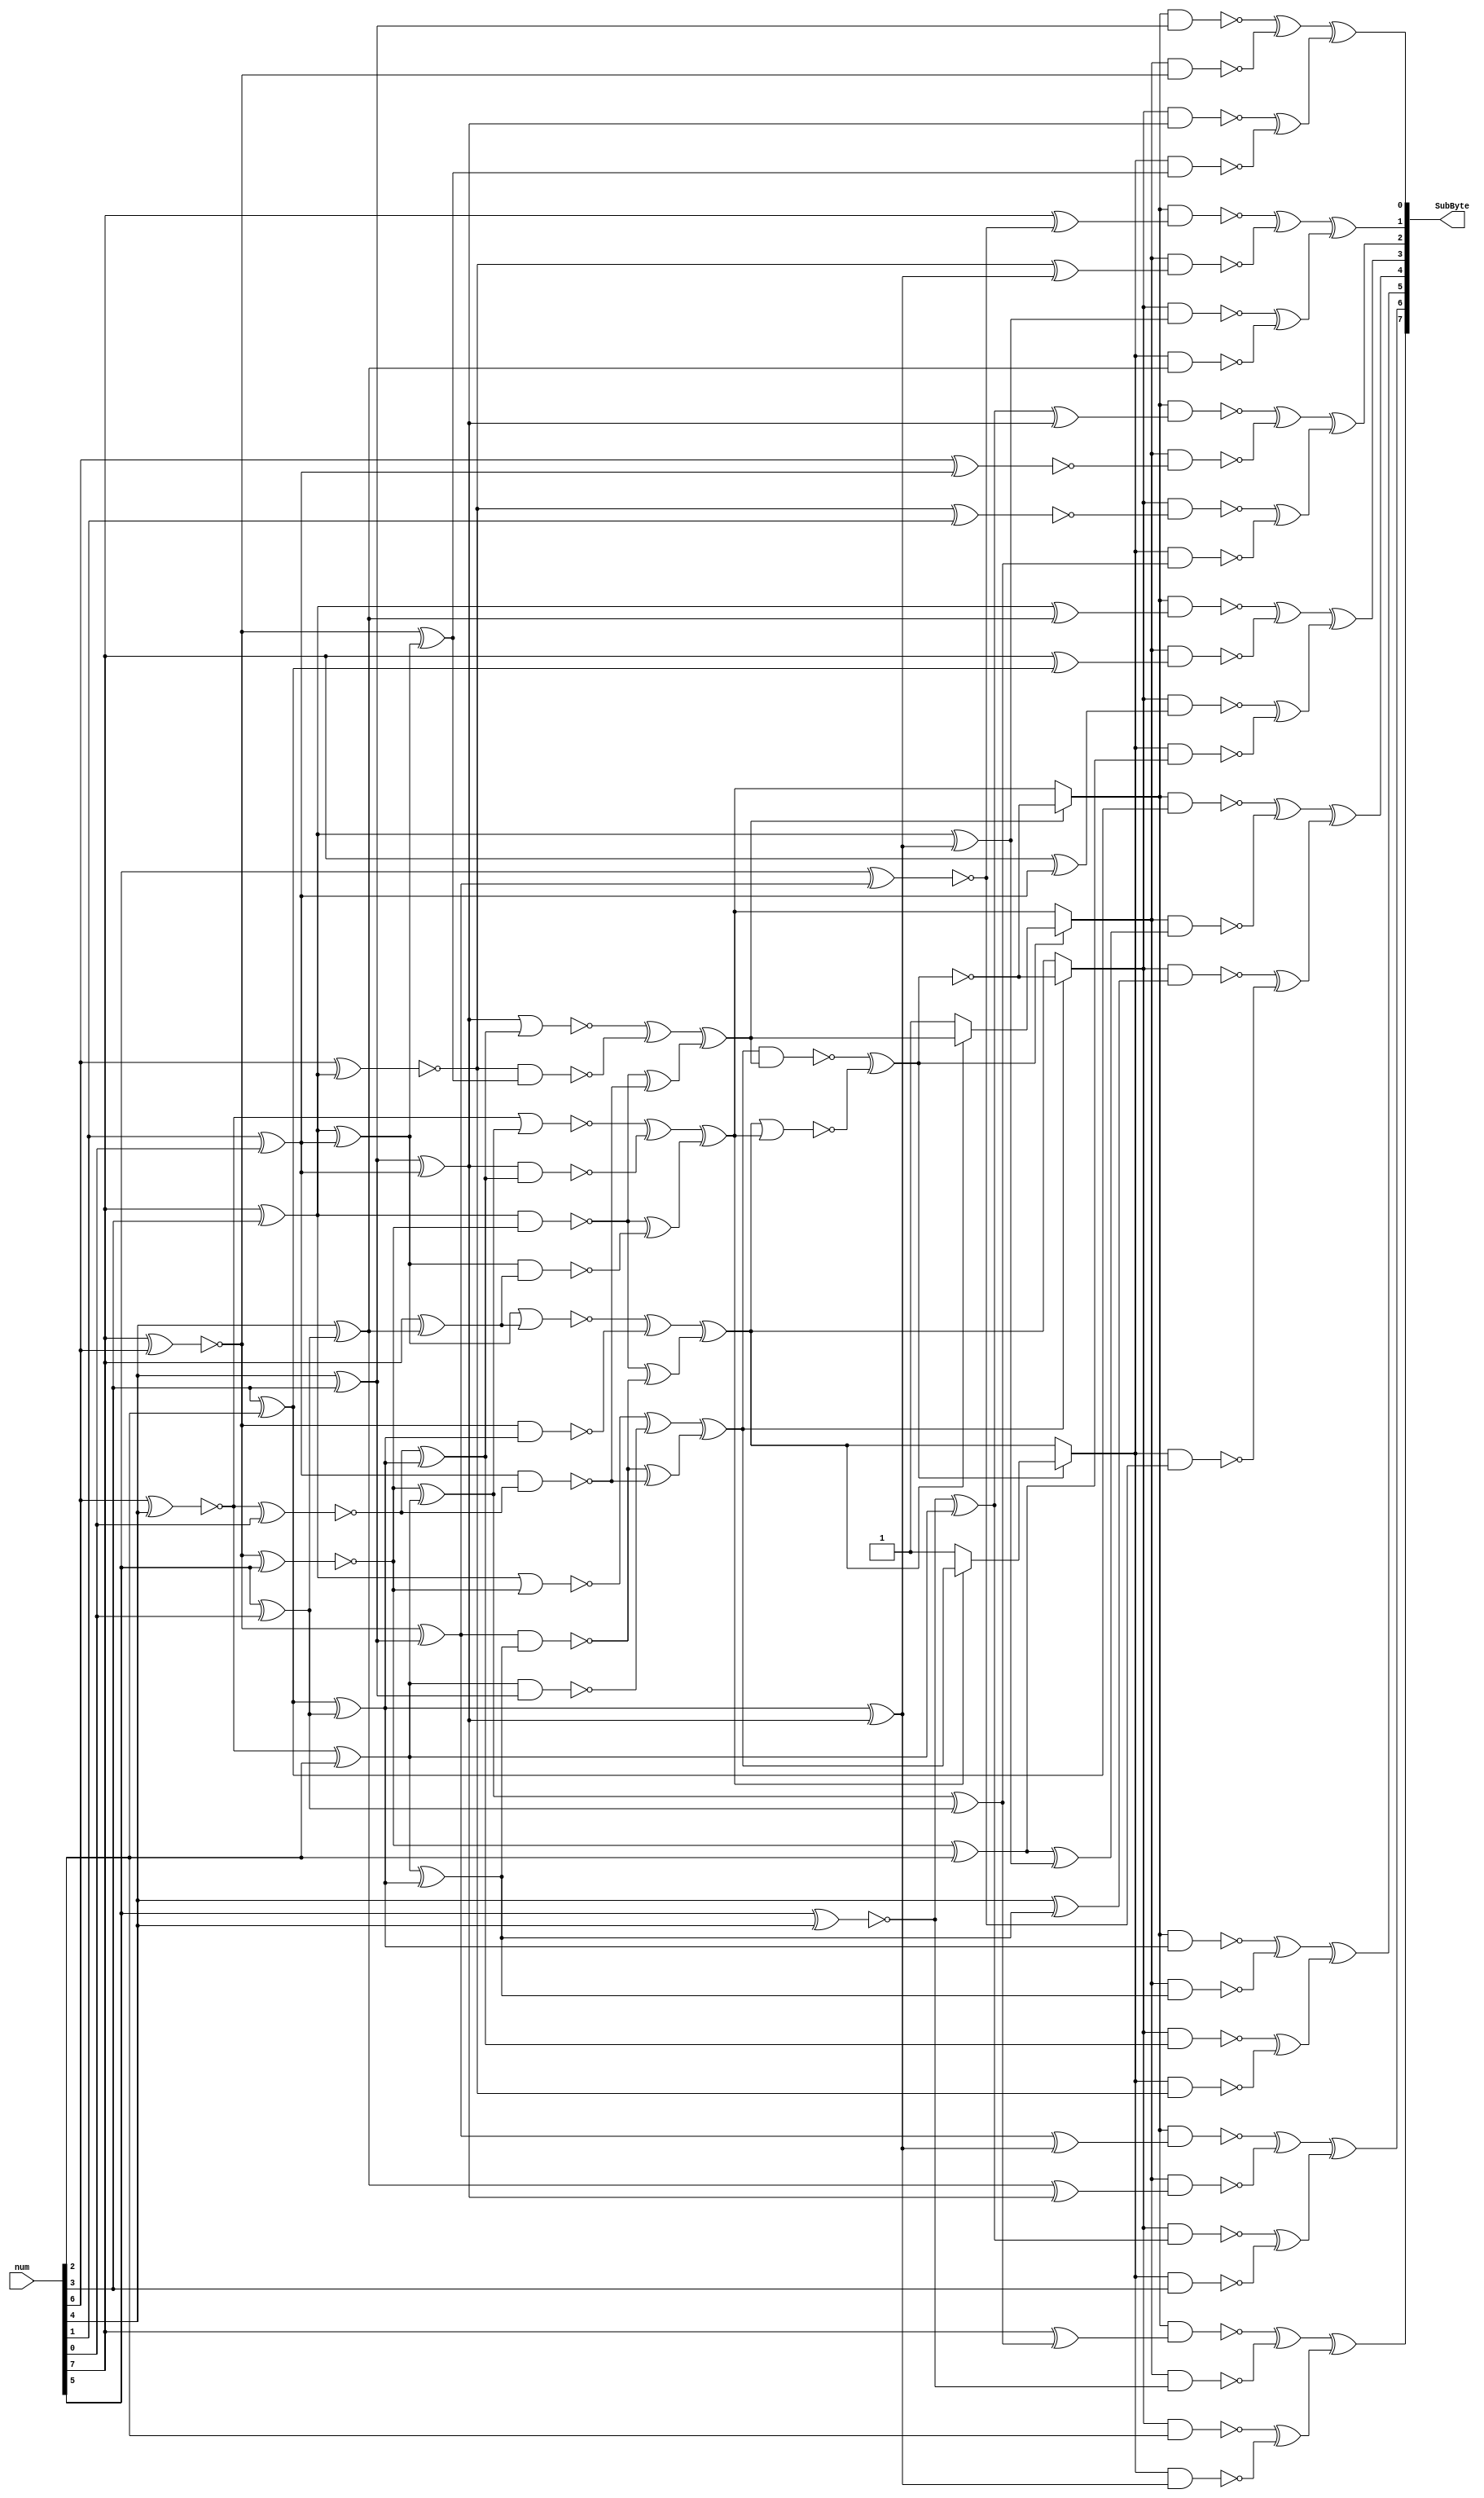
// https://doi.org/10.13154/tches.v2019.i4.91-125
module inverse_sbox(	
	output [7:0] SubByte,
	input [7:0] num
	);
	
	wire[0:7] R, U;

	assign U = num;
	assign SubByte = R;


//itop.d
assign Q8  = ~(U[1] ^ U[3]);
assign Q0  = Q8  ^ U[5];
assign Q1  = U[6]  ^ U[7];
assign Q7  = U[3]  ^ U[4];
assign Q2  = Q7  ^ Q1;
assign Q3  = U[0]  ^ U[4];
assign Q4  = Q3  ^ Q1;
assign Q5  = ~(U[1] ^ Q3);
assign Q10 = ~(U[0] ^ U[1]);
assign Q6  = Q10 ^ Q7;
assign Q9  = Q10 ^ Q4;
assign L12 = U[4]  ^ U[5];
assign Z132= U[2]  ^ U[7];
assign Q11 = L12 ^ Z132;
assign Q12 = Q0  ^ Q11;
assign L27 = U[3]  ^ Z132;
assign Q13 = U[0]  ^ L27;
assign Q14 = ~(Q10 ^U[2]);
assign Q15 = Q14 ^ Q0;
assign Q16 = ~(Q8 ^ U[7]);
assign Q17 = Q16 ^ Q11;
assign L23 = Q15 ^ Z132;
assign L0  = U[0]  ^ L23;
assign L3  = Q11 ^ Q2;
assign L4  = Q6  ^ L3;
assign L16 = Q3  ^ L27;
assign L1  = ~(U[2] ^ U[3]);
assign L6  = L1  ^ Q0;
assign L20 = L6  ^ Q2;
assign L15 = ~(U[2] ^ Q6);
assign L24 = U[0]  ^ L15;
assign L5  = L27 ^ Q2;
assign L19 = Q14 ^ U[5];
assign L26 = Q3  ^ L3;
assign L13 = L19 ^ L26;
assign L17 = U[0]  ^ L12;
assign L21 = ~(U[1] ^ Q1);
assign L25 = Q5  ^ L3;
assign L14 = U[3]  ^ Q12;
assign L18 = U[0]  ^ Q1;
assign L22 = ~(Q5 ^ U[6]);
assign L8  = Q11;
assign L28 = Q7;
assign L9  = Q12;
assign L29 = Q10;
assign L2  = U[5];
assign L10 = Q17;
assign L30 = Q2;
assign L7  = U[4];
assign L11 = Q5;
assign L31 = Q9;

//mulx.a
assign T20 = ~(Q6 & Q12);
assign T21 = ~(Q3 & Q14);
assign T22 = ~(Q1 & Q16);
assign T10 = (~(Q3 | Q14) ^ ~(Q0 & Q7));
assign T11 = (~(Q4 | Q13) ^ ~(Q10 & Q11));
assign T12 = (~(Q2 | Q17) ^ ~(Q5 & Q9));
assign T13 = (~(Q8 | Q15) ^ ~(Q2 & Q17));
assign X0 = T10 ^ (T20 ^ T22);
assign X1 = T11 ^ (T21 ^ T20);
assign X2 = T12 ^ (T21 ^ T22);
assign X3 = T13 ^ (T21 ^ ~(Q4 & Q13));

//inv.a
assign T0 = ~(X0 & X2);
assign T1 = ~(X1 | X3);
assign T2 = ~(T0 ^ T1);
// assign Y0 = MUX(X2, T2, X3);
// assign Y2 = MUX(X0, T2, X1);
// assign T3 = MUX(X1, X2, 1);
// assign Y1 = MUX(T2, X3, T3);
// assign T4 = MUX(X3, X0, 1);
// assign Y3 = MUX(T2, X1, T4);
assign Y0 = X2?T2:X3;
assign Y2 = X0?T2:X1;
assign T3 = X1?X2:1'b1;
assign Y1 = T2?X3:T3;
assign T4 = X3?X0:1'b1;
assign Y3 = T2?X1:T4;

//mull.i
assign K4  = ~(Y0 & L4 );
assign K8  = ~(Y0 & L8 );
assign K24 = ~(Y0 & L24);
assign K28 = ~(Y0 & L28);

//mull.d
assign K0  = ~(Y0 & L0 );
assign K12 = ~(Y0 & L12);
assign K16 = ~(Y0 & L16);
assign K20 = ~(Y0 & L20);
assign K1  = ~(Y1 & L1 );
assign K5  = ~(Y1 & L5 );
assign K9  = ~(Y1 & L9 );
assign K13 = ~(Y1 & L13);
assign K17 = ~(Y1 & L17);
assign K21 = ~(Y1 & L21);
assign K25 = ~(Y1 & L25);
assign K29 = ~(Y1 & L29);
assign K2  = ~(Y2 & L2 );
assign K6  = ~(Y2 & L6 );
assign K10 = ~(Y2 & L10);
assign K14 = ~(Y2 & L14);
assign K18 = ~(Y2 & L18);
assign K22 = ~(Y2 & L22);
assign K26 = ~(Y2 & L26);
assign K30 = ~(Y2 & L30);
assign K3  = ~(Y3 & L3 );
assign K7  = ~(Y3 & L7 );
assign K11 = ~(Y3 & L11);
assign K15 = ~(Y3 & L15);
assign K19 = ~(Y3 & L19);
assign K23 = ~(Y3 & L23);
assign K27 = ~(Y3 & L27);
assign K31 = ~(Y3 & L31);

//8xor4.d
assign R[0] = (K0  ^ K1 ) ^ (K2  ^ K3 );
assign R[1] = (K4  ^ K5 ) ^ (K6  ^ K7 );
assign R[2] = (K8  ^ K9 ) ^ (K10 ^ K11);
assign R[3] = (K12 ^ K13) ^ (K14 ^ K15);
assign R[4] = (K16 ^ K17) ^ (K18 ^ K19);
assign R[5] = (K20 ^ K21) ^ (K22 ^ K23);
assign R[6] = (K24 ^ K25) ^ (K26 ^ K27);
assign R[7] = (K28 ^ K29) ^ (K30 ^ K31);

endmodule

module inverseSubBytes(x,z);
input [127:0] x;
output [127:0] z;

generate
genvar i;
for (i = 0; i < 16; i = i + 1) begin:INVERSESBOX
	inverse_sbox inverse_sbox(z[8*(i+1)-1:8*i], x[8*(i+1)-1:8*i]);
end
endgenerate


endmodule